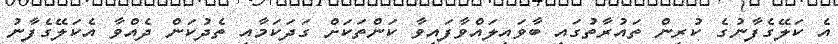
އެ ކަލޭގެފާނުގެ ކުރިން ތައުރާތުގައި ބާވައިލައްވާފައިވާ ކަންތަކަށް ގަދަކަމާއި ތެދުކަން ދެއްވާ އެކަލޭގެފާނު